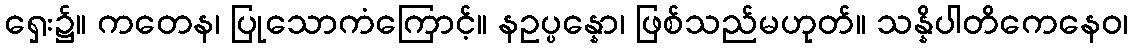
ရှေး၌။ ကတေန၊ ပြုသောကံကြောင့်။ နဥပ္ပန္နော၊ ဖြစ်သည်မဟုတ်။ သန္နိပါတိကေနေဝ၊